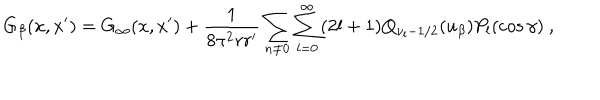
G _ { \beta } ( x , x ^ { \prime } ) = G _ { \infty } ( x , x ^ { \prime } ) + \frac { 1 } { 8 \pi ^ { 2 } r r ^ { \prime } } \sum _ { n \neq 0 } \sum _ { l = 0 } ^ { \infty } ( 2 l + 1 ) Q _ { \nu _ { l } - 1 / 2 } ( u _ { \beta } ) P _ { l } ( \cos \gamma ) \ ,